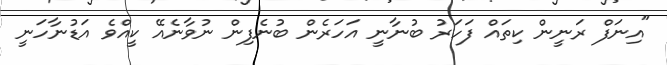
"އިނަފް ރަނީން ކިތައް ފަހަރު ބުނާނީ އަހަރެން ބުނެފިން ނުވާނެއޭ ކީއްވެ އަޑުނާހަނީ